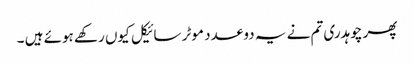
پھر چوہدری تم نے یہ دو عدد موٹر سائیکل کیوں رکھے ہوئے ہیں ۔